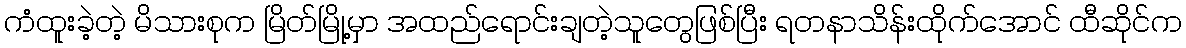
ကံထူးခဲ့တဲ့ မိသားစုက မြိတ်မြို့မှာ အထည်ရောင်းချတဲ့သူတွေဖြစ်ပြီး ရတနာသိန်းထိုက်အောင် ထီဆိုင်က